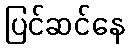
ပြင်ဆင်နေ